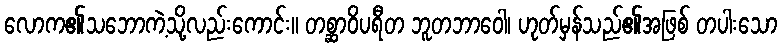
လောက၏သဘောကဲ့သို့လည်းကောင်း။ တစ္ဆာဝိပရီတ ဘူတဘာဝေါ၊ ဟုတ်မှန်သည်၏အဖြစ် တပါးသော